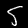
Digit: 5